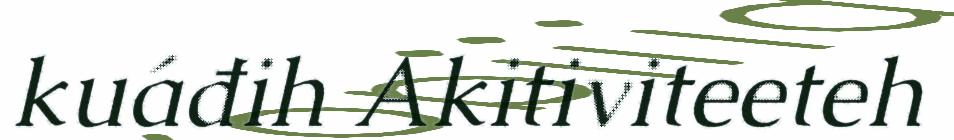
kuáđih Akitiviteeteh